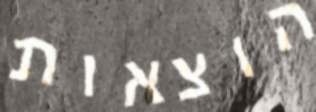
הוצאות